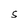
Character: S